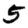
Digit: 5